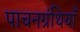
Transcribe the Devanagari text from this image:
पाचनग्रंथियाँ